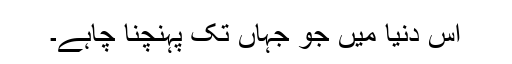
اس دنیا میں جو جہاں تک پہنچنا چاہے۔